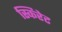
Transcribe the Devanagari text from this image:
स्किरेट